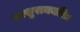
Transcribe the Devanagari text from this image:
परशुरामचरित